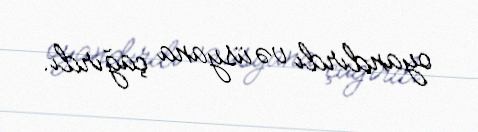
oyandırdı və üsyana çağırdı.